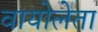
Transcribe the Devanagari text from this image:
वायोलेता